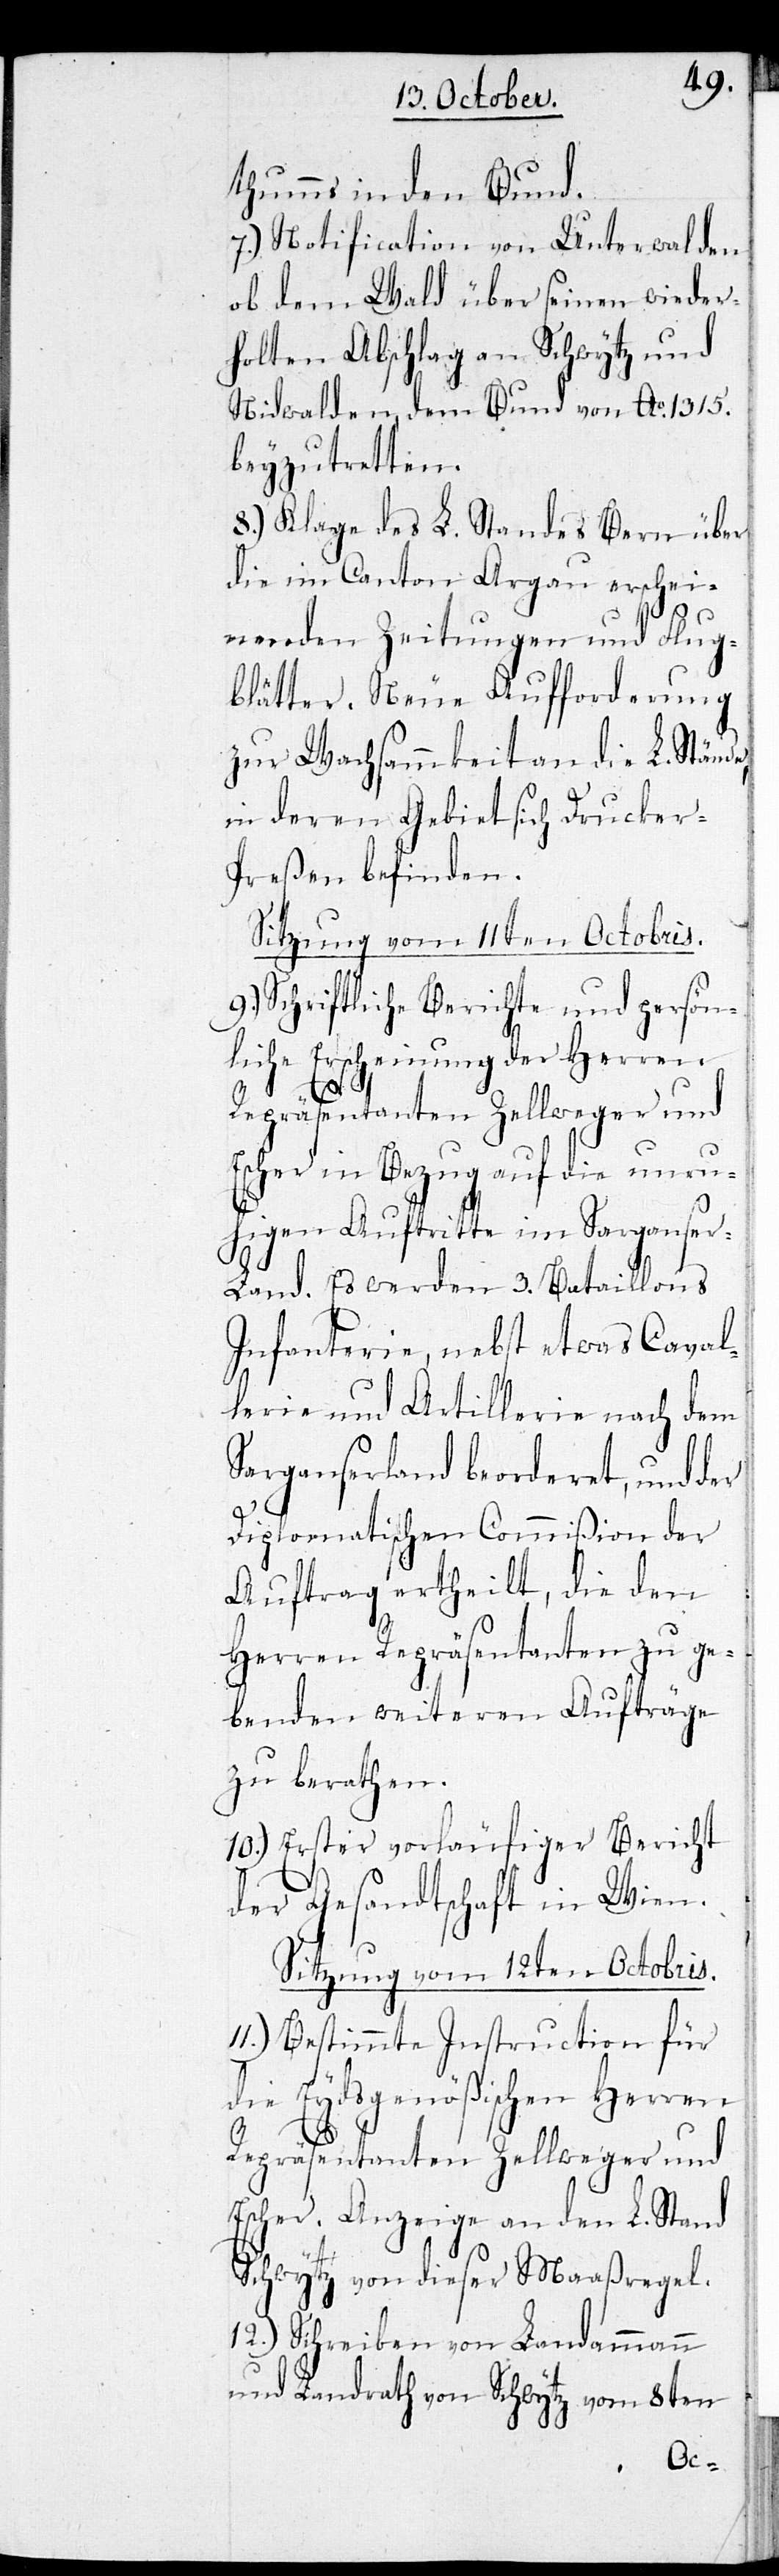
thums in den Bund.
7.) Notification von Unterwalden
ob dem Wald über seinen wieder¬
holten Abschlag an Schwytz und
Nidwalden, dem Bund von Ao 1315.
beyzutretten.
8.) Klage des L. Standes Bern über
die im Canton Aargau erschei¬
nenden Zeitungen und Flug¬
blätter. Neue Aufforderung
zur Wachsamkeit an die L. Stände,
in deren Gebiet sich Drucker-P¬
reßen befinden.
Sitzung vom 11ten Octobris.
9.) Schriftliche Berichte und persön¬
liche Erscheinung der Herren
Repräsentanten Zellweger und
Escher in Bezug auf die unru¬
higen Auftritte im Sarganser¬
land. Es werden 3. Bataillons
Infanterie, nebst etwas Caval¬
lerie und Artillerie nach dem
Sarganserland beorderet, und der
Diplomatischen Commißion der
Auftrag ertheilt, die den
Herren Repräsentanten zu ge¬
benden weiteren Aufträge
zu berathen.
10.) Erster vorläufiger Bericht
der Gesandtschaft in Wien.
Sitzung vom 12ten Octobris.
11.) Bestimmte Instruction für
die Eydsgenößischen Herren
Repräsentanten Zellweger und
Escher. Anzeige an den L. Stand
Schwytz von dieser Maaßregel.
12.) Schreiben von Landammann
und Landrath Schwytz vom 8ten